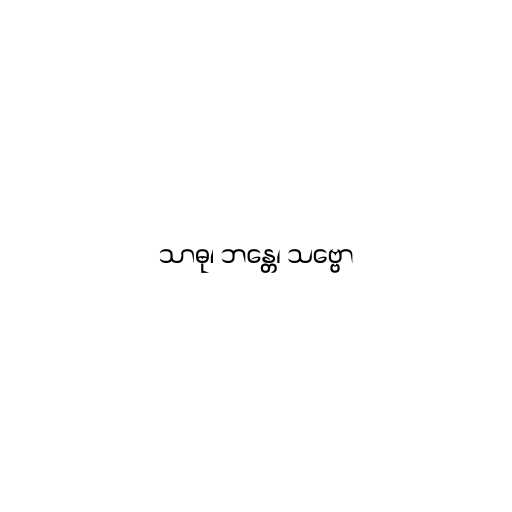
သာဓု၊ ဘန္တေ၊ သဗ္ဗော